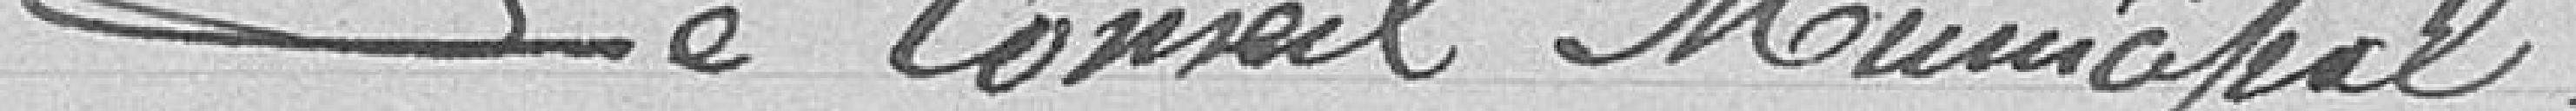
Le conseil municipal,